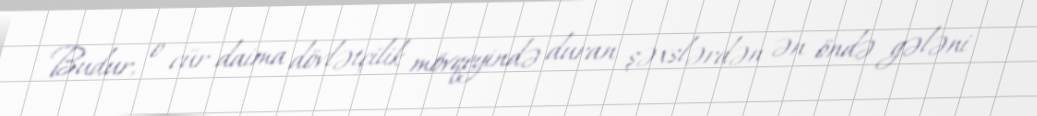
Budur, o cür daima dövlətçilik mövqeyində duran şəxslərdən ən öndə gələni -